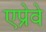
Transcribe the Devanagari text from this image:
एप्रेवे